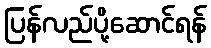
ပြန်လည်ပို့ဆောင်ရန်